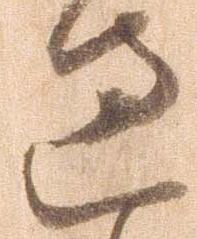
過